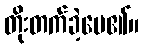
တိုးတက်ခဲ့ပေ၏။